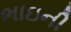
ભાઇની